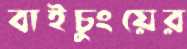
বাইচুংয়ের